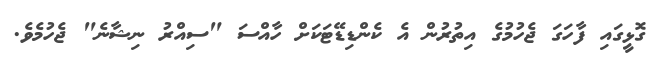
ގޮޅީގައި ފާހަގަ ޖެހުމުގެ އިތުރުން އެ ކެންޑިޑޭޓަކަށް ހާއްސަ "ސިއްރު ނިޝާނެ" ޖެހުމެވެ.